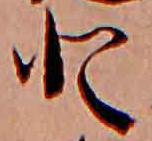
と